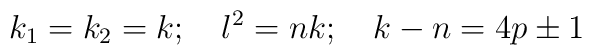
k_{1}=k_{2}=k;\quad l^{2}=nk;\quad k-n=4p\pm 1